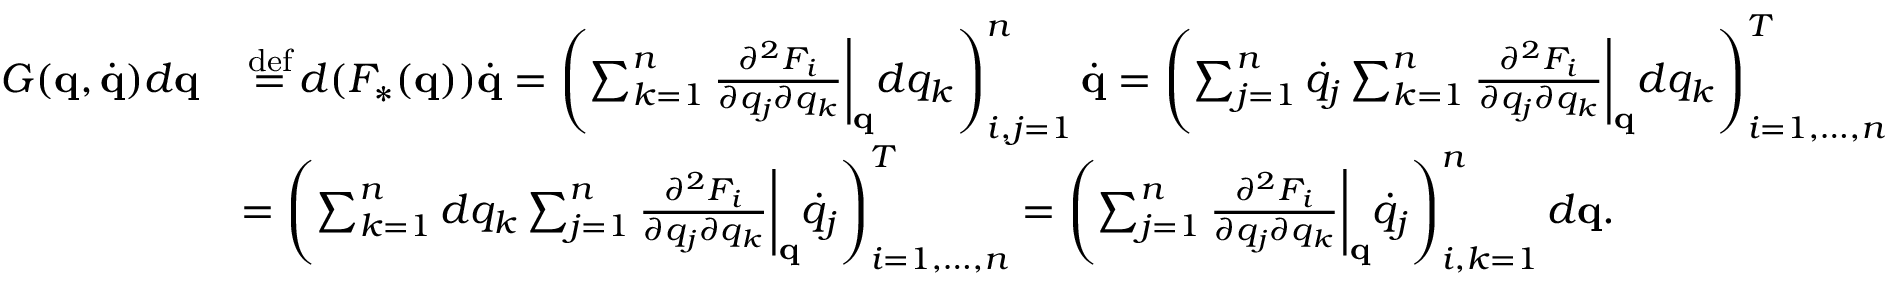
{ \begin{array} { r l } { G ( \mathbf { q } , { \dot { \mathbf { q } } } ) d \mathbf { q } } & { \, { \stackrel { \mathrm { d e f } } { = } } \, d ( F _ { * } ( \mathbf { q } ) ) { \dot { \mathbf { q } } } = \left( \sum _ { k = 1 } ^ { n } { \frac { \partial ^ { 2 } F _ { i } } { \partial q _ { j } \partial q _ { k } } } { \biggl | } _ { \mathbf { q } } d q _ { k } \right) _ { i , j = 1 } ^ { n } { \dot { \mathbf { q } } } = \left( \sum _ { j = 1 } ^ { n } { \dot { q } } _ { j } \sum _ { k = 1 } ^ { n } { \frac { \partial ^ { 2 } F _ { i } } { \partial q _ { j } \partial q _ { k } } } { \biggl | } _ { \mathbf { q } } d q _ { k } \right) _ { i = 1 , \ldots , n } ^ { T } } \\ & { = \left( \sum _ { k = 1 } ^ { n } d q _ { k } \sum _ { j = 1 } ^ { n } { \frac { \partial ^ { 2 } F _ { i } } { \partial q _ { j } \partial q _ { k } } } { \biggl | } _ { \mathbf { q } } { \dot { q } } _ { j } \right) _ { i = 1 , \ldots , n } ^ { T } = \left( \sum _ { j = 1 } ^ { n } { \frac { \partial ^ { 2 } F _ { i } } { \partial q _ { j } \partial q _ { k } } } { \biggl | } _ { \mathbf { q } } { \dot { q } } _ { j } \right) _ { i , k = 1 } ^ { n } d \mathbf { q } . } \end{array} }